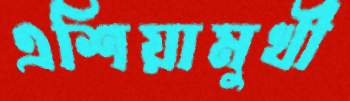
এশিয়ামুখী